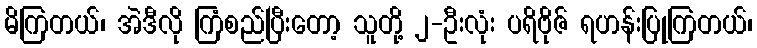
မိကြတယ်၊ အဲဒီလို ကြံစည်ပြီးတော့ သူတို့ ၂-ဦးလုံး ပရိဗိုဇ် ရဟန်းပြုကြတယ်၊